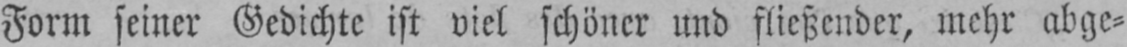
Form seiner Gedichte ist viel schöner und fließender, mehr abge⸗